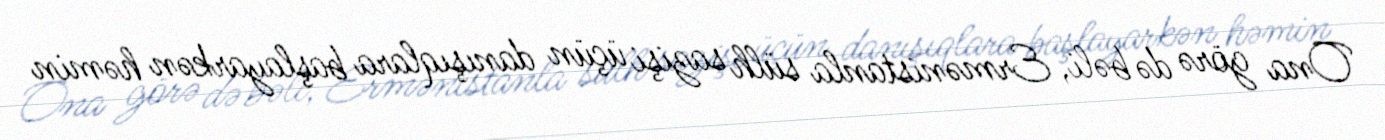
Ona görə də bəli, Ermənistanla sülh sazişi üçün danışıqlara başlayarkən həmin